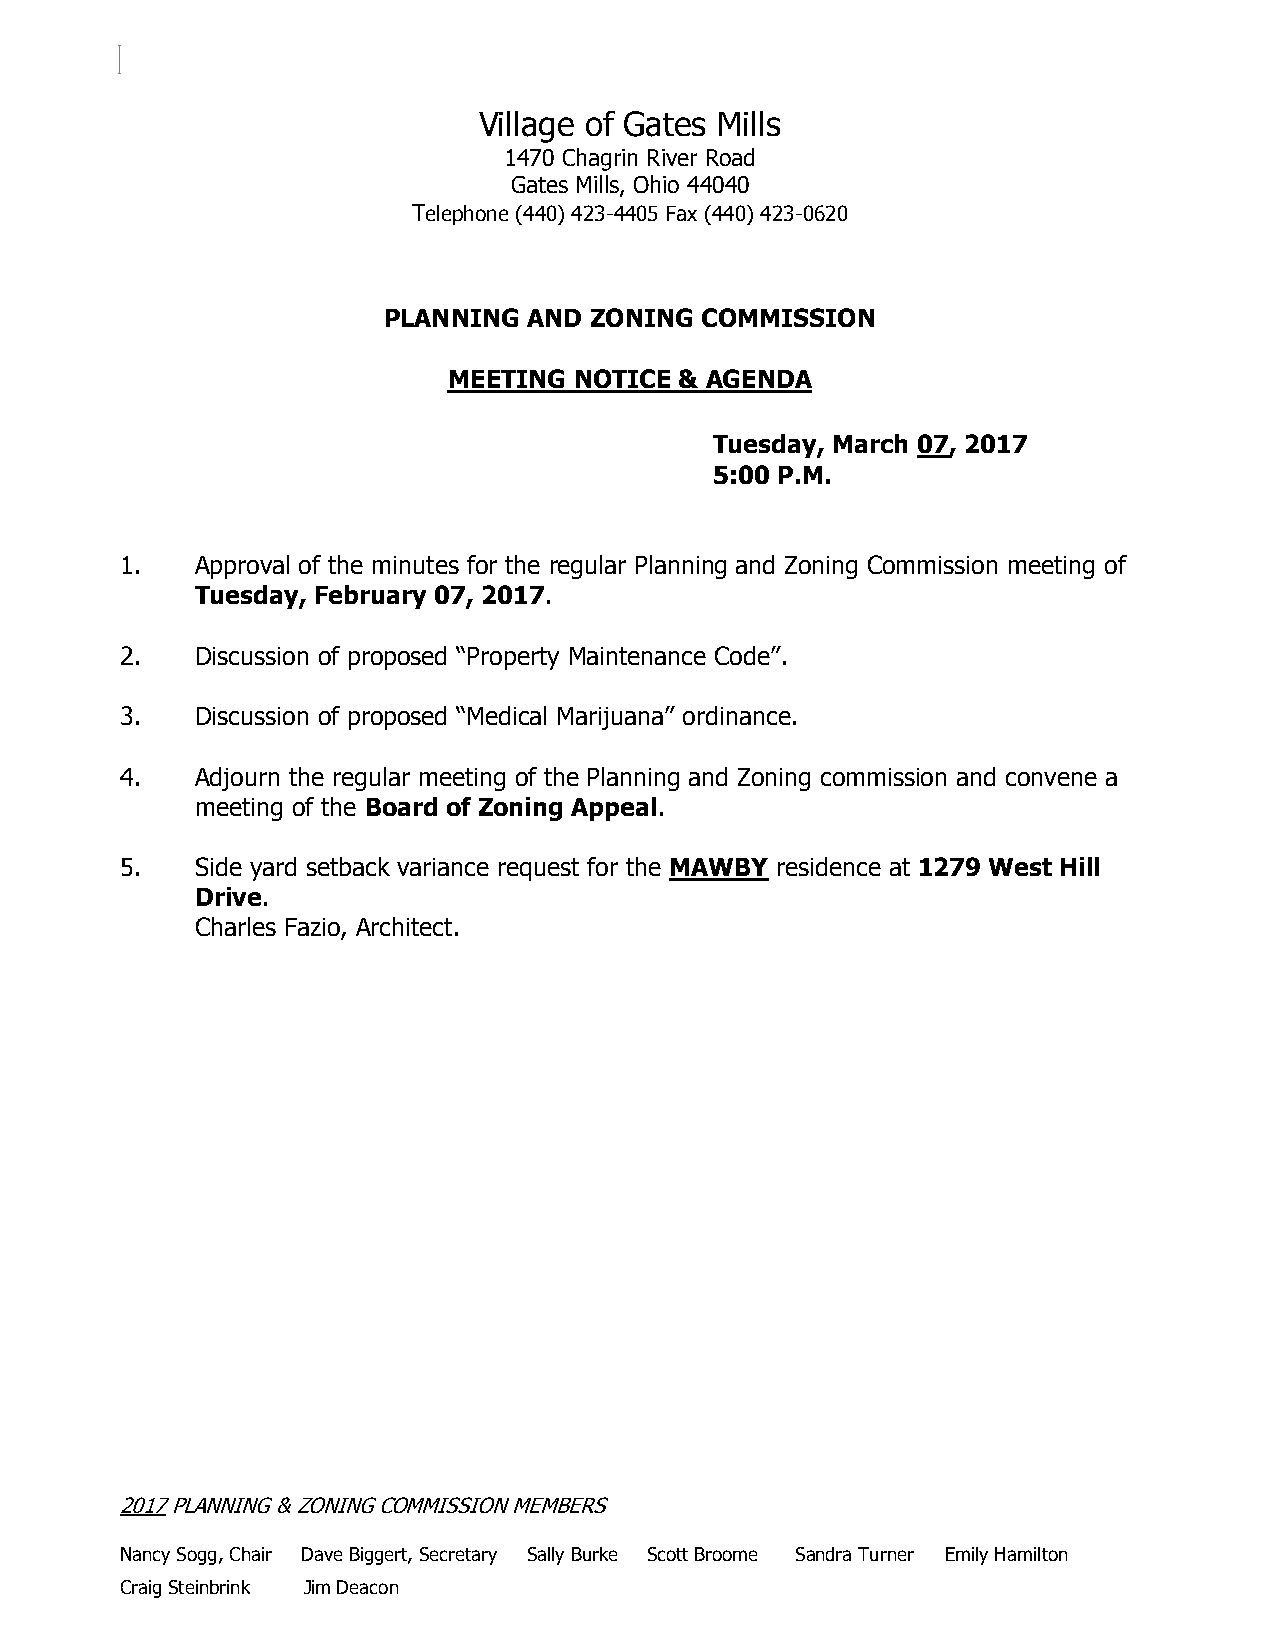
Village of Gates Mills
 1470 Chagrin River Road
 Gates Mills, Ohio 44040
 Telephone (440) 423-4405 Fax (440) 423-0620
 PLANNING  AND ZONING COMMISSION
 MEETING NOTICE & AGENDA
 Tuesday, March 07, 2017
 5:00 P.M.
 1.   Approval of the minutes for the regular Planning and Zoning Commission meeting of
 Tuesday, February 07, 2017.
 2.   Discussion of proposed “Property Maintenance Code”.
 3.   Discussion of proposed “Medical Marijuana” ordinance.
 4.   Adjourn the regular meeting of the Planning and Zoning commission and convene a
 meeting of the Board of Zoning Appeal.
 5.   Side yard setback variance request for the MAWBY residence at 1279 West Hill
 Drive.
 Charles Fazio, Architect.
 2017 PLANNING & ZONING COMMISSION MEMBERS
 Nancy Sogg, Chair Dave Biggert, Secretary Sally Burke Scott Broome Sandra Turner Emily Hamilton
 Craig Steinbrink Jim Deacon